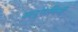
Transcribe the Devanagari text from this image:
अनुगामिनी